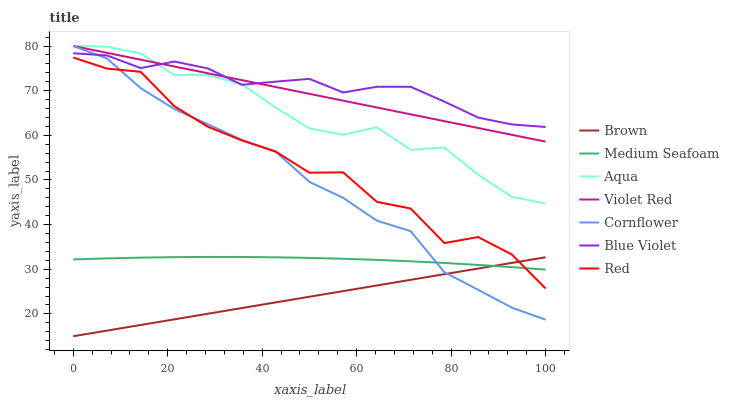
| xaxis_label | Brown | Medium Seafoam | Aqua | Violet Red | Cornflower | Blue Violet | Red |
 | --- | --- | --- | --- | --- | --- | --- | --- |
 | 0 | 15 | 32.2 | 80 | 80 | 80 | 78.4 | 77.4 |
 | 7.14 | 16.3 | 32.4 | 79.9 | 78.5 | 77.2 | 77.9 | 74.9 |
 | 14.3 | 17.5 | 32.6 | 78.3 | 76.9 | 70.6 | 75.1 | 74.2 |
 | 21.4 | 18.8 | 32.7 | 73.5 | 75.4 | 65.9 | 76.5 | 66.5 |
 | 28.6 | 20.1 | 32.8 | 73.5 | 73.9 | 62.4 | 75 | 61.9 |
 | 35.7 | 21.3 | 32.8 | 71.4 | 72.4 | 58.9 | 71.3 | 58.9 |
 | 42.9 | 22.6 | 32.7 | 66.2 | 70.8 | 56.3 | 72 | 56.4 |
 | 50 | 23.8 | 32.5 | 61.5 | 69.3 | 49.6 | 72.6 | 51.6 |
 | 57.1 | 25.1 | 32.4 | 60.1 | 67.8 | 46 | 69.6 | 51.7 |
 | 64.3 | 26.4 | 32.1 | 61.8 | 66.2 | 40.9 | 70.9 | 45.1 |
 | 71.4 | 27.6 | 31.8 | 56.8 | 64.7 | 38.5 | 70.9 | 43.6 |
 | 78.6 | 28.9 | 31.4 | 57.3 | 63.2 | 29.3 | 67.5 | 35.9 |
 | 85.7 | 30.2 | 31 | 51.2 | 61.6 | 25.4 | 64 | 37.2 |
 | 92.9 | 31.4 | 30.5 | 46.2 | 60.1 | 21.4 | 62.4 | 33.3 |
 | 100 | 32.7 | 29.9 | 44.7 | 58.6 | 18.7 | 61.9 | 25.7 |